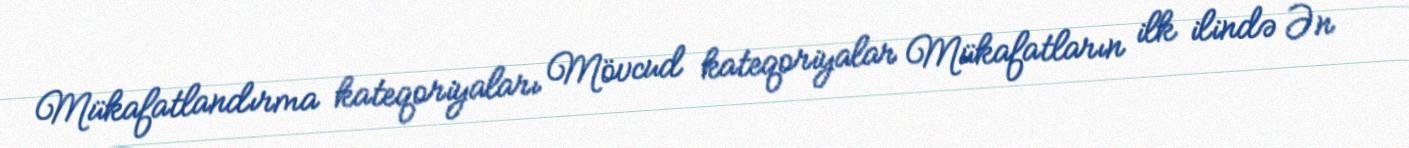
Mükafatlandırma kateqoriyaları Mövcud kateqoriyalar Mükafatların ilk ilində Ən